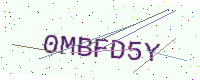
Text: 0MBFD5Y